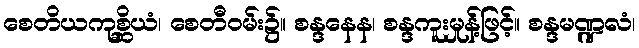
စေတိယကုစ္ဆိယံ၊ စေတီဝမ်း၌။ စန္ဒနေန၊ စန္ဒကူးမှုန့်ဖြင့်။ စန္ဒမဏ္ဍလံ၊